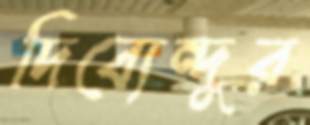
দিব্যেন্দুর